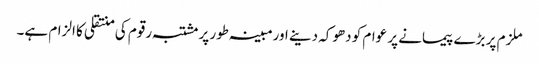
ملزم پر بڑے پیمانے پر عوام کو دھوکہ دینے اورمبینہ طور پرمشتبہ رقوم کی منتقلی کا الزام ہے۔